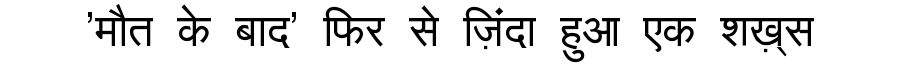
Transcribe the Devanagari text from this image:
'मौत के बाद' फिर से ज़िंदा हुआ एक शख़्स